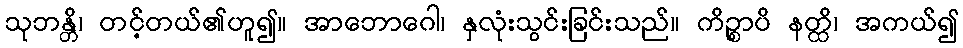
သုဘန္တိ၊ တင့်တယ်၏ဟူ၍။ အာဘောဂေါ၊ နှလုံးသွင်းခြင်းသည်။ ကိဉ္စာပိ နတ္ထိ၊ အကယ်၍